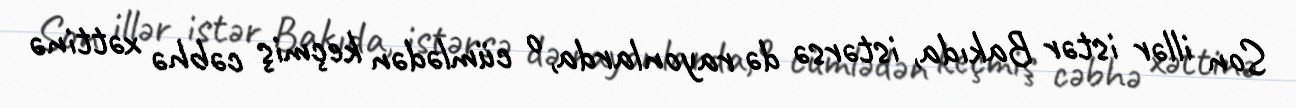
Son illər istər Bakıda, istərsə də rayonlarda, o cümlədən keçmiş cəbhə xəttinə